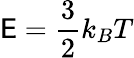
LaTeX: \mathsf{E}={\frac{{3}}{{2}}}k_{B}T